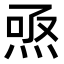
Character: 焏